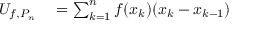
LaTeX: \begin{array} { r l } { U _ { f , P _ { n } } } & { { } = \sum _ { k = 1 } ^ { n } f ( x _ { k } ) ( x _ { k } - x _ { k - 1 } ) } \end{array}